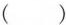
()